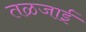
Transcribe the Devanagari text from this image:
तळजाई